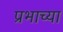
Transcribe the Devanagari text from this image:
प्रभाच्या